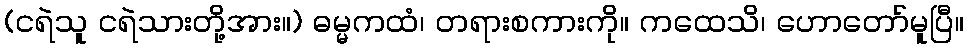
(ငရဲသူ ငရဲသားတို့အား။) ဓမ္မကထံ၊ တရားစကားကို။ ကထေသိ၊ ဟောတော်မူပြီ။